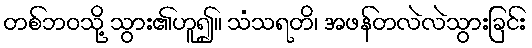
တစ်ဘဝသို့ သွား၏ဟူ၍။ သံသရတိ၊ အဖန်တလဲလဲသွားခြင်း